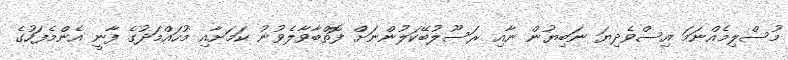
މުސްލިމެއްނަމަ އިސްވެދިޔަ ނަބިޔުން ނާއި ރަސޫލުބޭކަލުންނަށް ފޮތްބާވާލެވުނު ކަމަށާއި މުހައްމަދުގެ ފާނީ އެންމެފަހުގެ